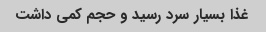
غذا بسیار سرد رسید و حجم کمی داشت